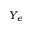
Y _ { e }